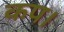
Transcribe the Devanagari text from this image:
कप।